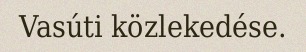
Vasúti közlekedése.